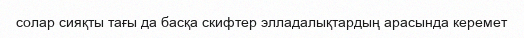
солар сияқты тағы да басқа скифтер элладалықтардың арасында керемет